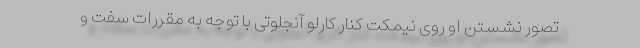
تصور نشستن او روی نیمکت کنار کارلو آنجلوتی با توجه به مقررات سفت و